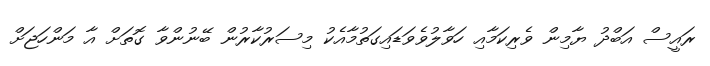
ރައީސް އަބްދު ޔާމިން ވެރިކަމާއި ހަވާލުވެވަޑައިގަތުމާއެކު މިސަރުކާރުން ބޭނުންވާ ގޮތަށް އާ މަންހަޖަށް